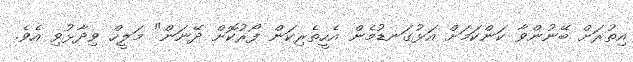
އިތުރަށް ބޭނުންވާ ކަންކަމަށް އަޅުގަނޑުމެން އެހީތެރިކަން ފޯރުކޮށް ދޭނަން" މަލީހް ވިދާޅުވި އެވެ.